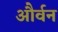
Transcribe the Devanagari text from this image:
और्वन